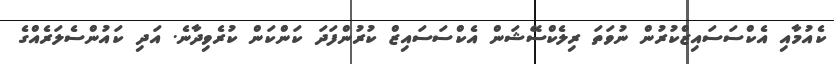
ކެއުމާއި އެކްސަސައިޒްކުރުން ނުވަތަ ރިލެކްސޭޝަން އެކްސަސައިޒް ކުރުންފަދަ ކަންކަން ކުރެވިދާނެ. އަދި ކައުންސެލަރެއްގެ